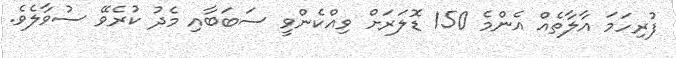
ފުރިހަމަ އާލާތެއް އެންމެ 150 ޑޮލަރަށް ވިއްކެންވީ ސަބަބާއި މެދު ކުރެވޭ ސުވާލެވެ.